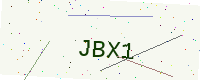
Text: JBX1